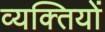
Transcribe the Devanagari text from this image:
व्‍यक्‍ितयों